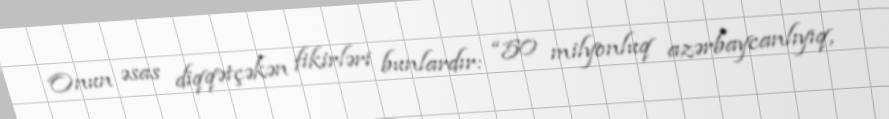
Onun əsas diqqətçəkən fikirləri bunlardır: “50 milyonluq azərbaycanlıyıq,